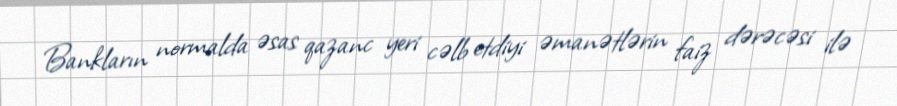
Bankların normalda əsas qazanc yeri cəlb etdiyi əmanətlərin faiz dərəcəsi ilə